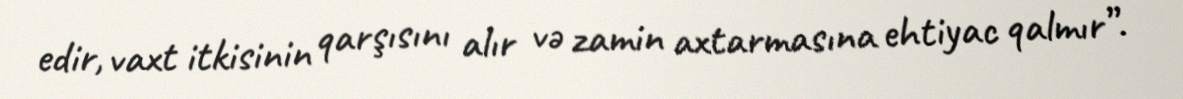
edir, vaxt itkisinin qarşısını alır və zamin axtarmasına ehtiyac qalmır”.